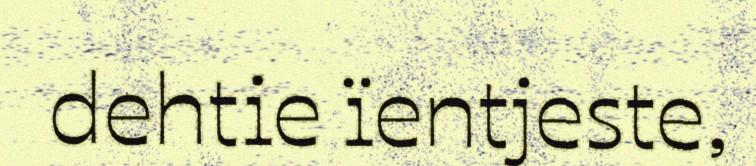
dehtie ïentjeste,